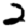
Digit: 2